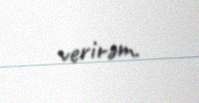
verirəm.